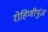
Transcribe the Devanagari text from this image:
रोहिणीपुंज